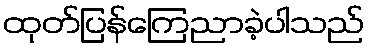
ထုတ်ပြန်ကြေညာခဲ့ပါသည်